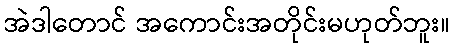
အဲဒါတောင် အကောင်းအတိုင်းမဟုတ်ဘူး။